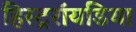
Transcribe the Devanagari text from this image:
हिस्ट्ररॉयडिया